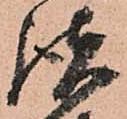
諸